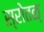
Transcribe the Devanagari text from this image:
स्रोतळ्